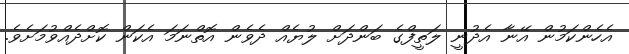
އެހެންކަމުން އޭނާ އެދުނީ ލަތީފްގެ ބަންދަށް ލުޔެއް ދެވެން އޮތްނަމަ އެކަން ކޮށްދެއްވުމަށެވެ.